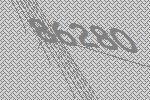
86280